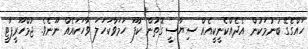
ހައްގެގޭ ބުނުމަކުން އެދެއްކެނީކީއެއް ސިޔާސީ ގޮތުން ކުފޫ ހަމަވާކަހަލަ ވާހަކައެއް ނޫނެވެ. ޖުމްހޫރީޕާޓީ